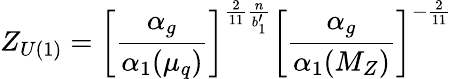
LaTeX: Z_{U(1)}=\left[\frac{\alpha_{g}}{\alpha_{1}(\mu_{q})}\right]^{\frac{2}{11}\frac{n}{b_{1}^{\prime}}}\left[\frac{\alpha_{g}}{\alpha_{1}(M_{Z})}\right]^{-\frac{2}{11}}